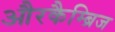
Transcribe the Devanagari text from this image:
औरकैम्ब्रिज